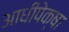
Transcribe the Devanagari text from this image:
आधीपेक्षा